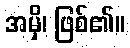
အမှိ၊ ဖြစ်၏။